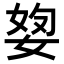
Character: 𡝓